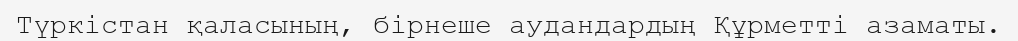
Түркістан қаласының, бірнеше аудандардың Құрметті азаматы.